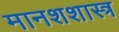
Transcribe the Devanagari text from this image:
मानशशास्त्र